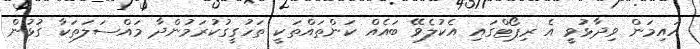
އައިމަން ވިދާޅުވީ އެ ރިޕޯޓްގައި އެކުލެވޭ ބައެއް ކަންތައްތަކީ ތަހުގީގުކުރަމުންދާ މައްސަލަތަކާ ގުޅުން